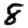
Digit: 8